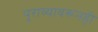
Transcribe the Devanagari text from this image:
पुराव्यावरूनही